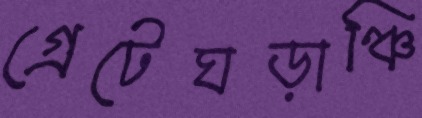
গ্রেটেঘড়াঞ্চি